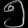
Digit: ၅